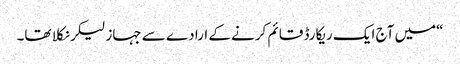
“میں آج ایک ریکارڈ قائم کرنے کے ارادے سے جہاز لیکر نکلا تھا۔